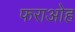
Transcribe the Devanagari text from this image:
फराओह